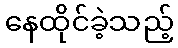
နေထိုင်ခဲ့သည့်